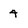
Character: 4